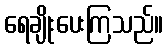
ရေချိုးပေးကြသည်။